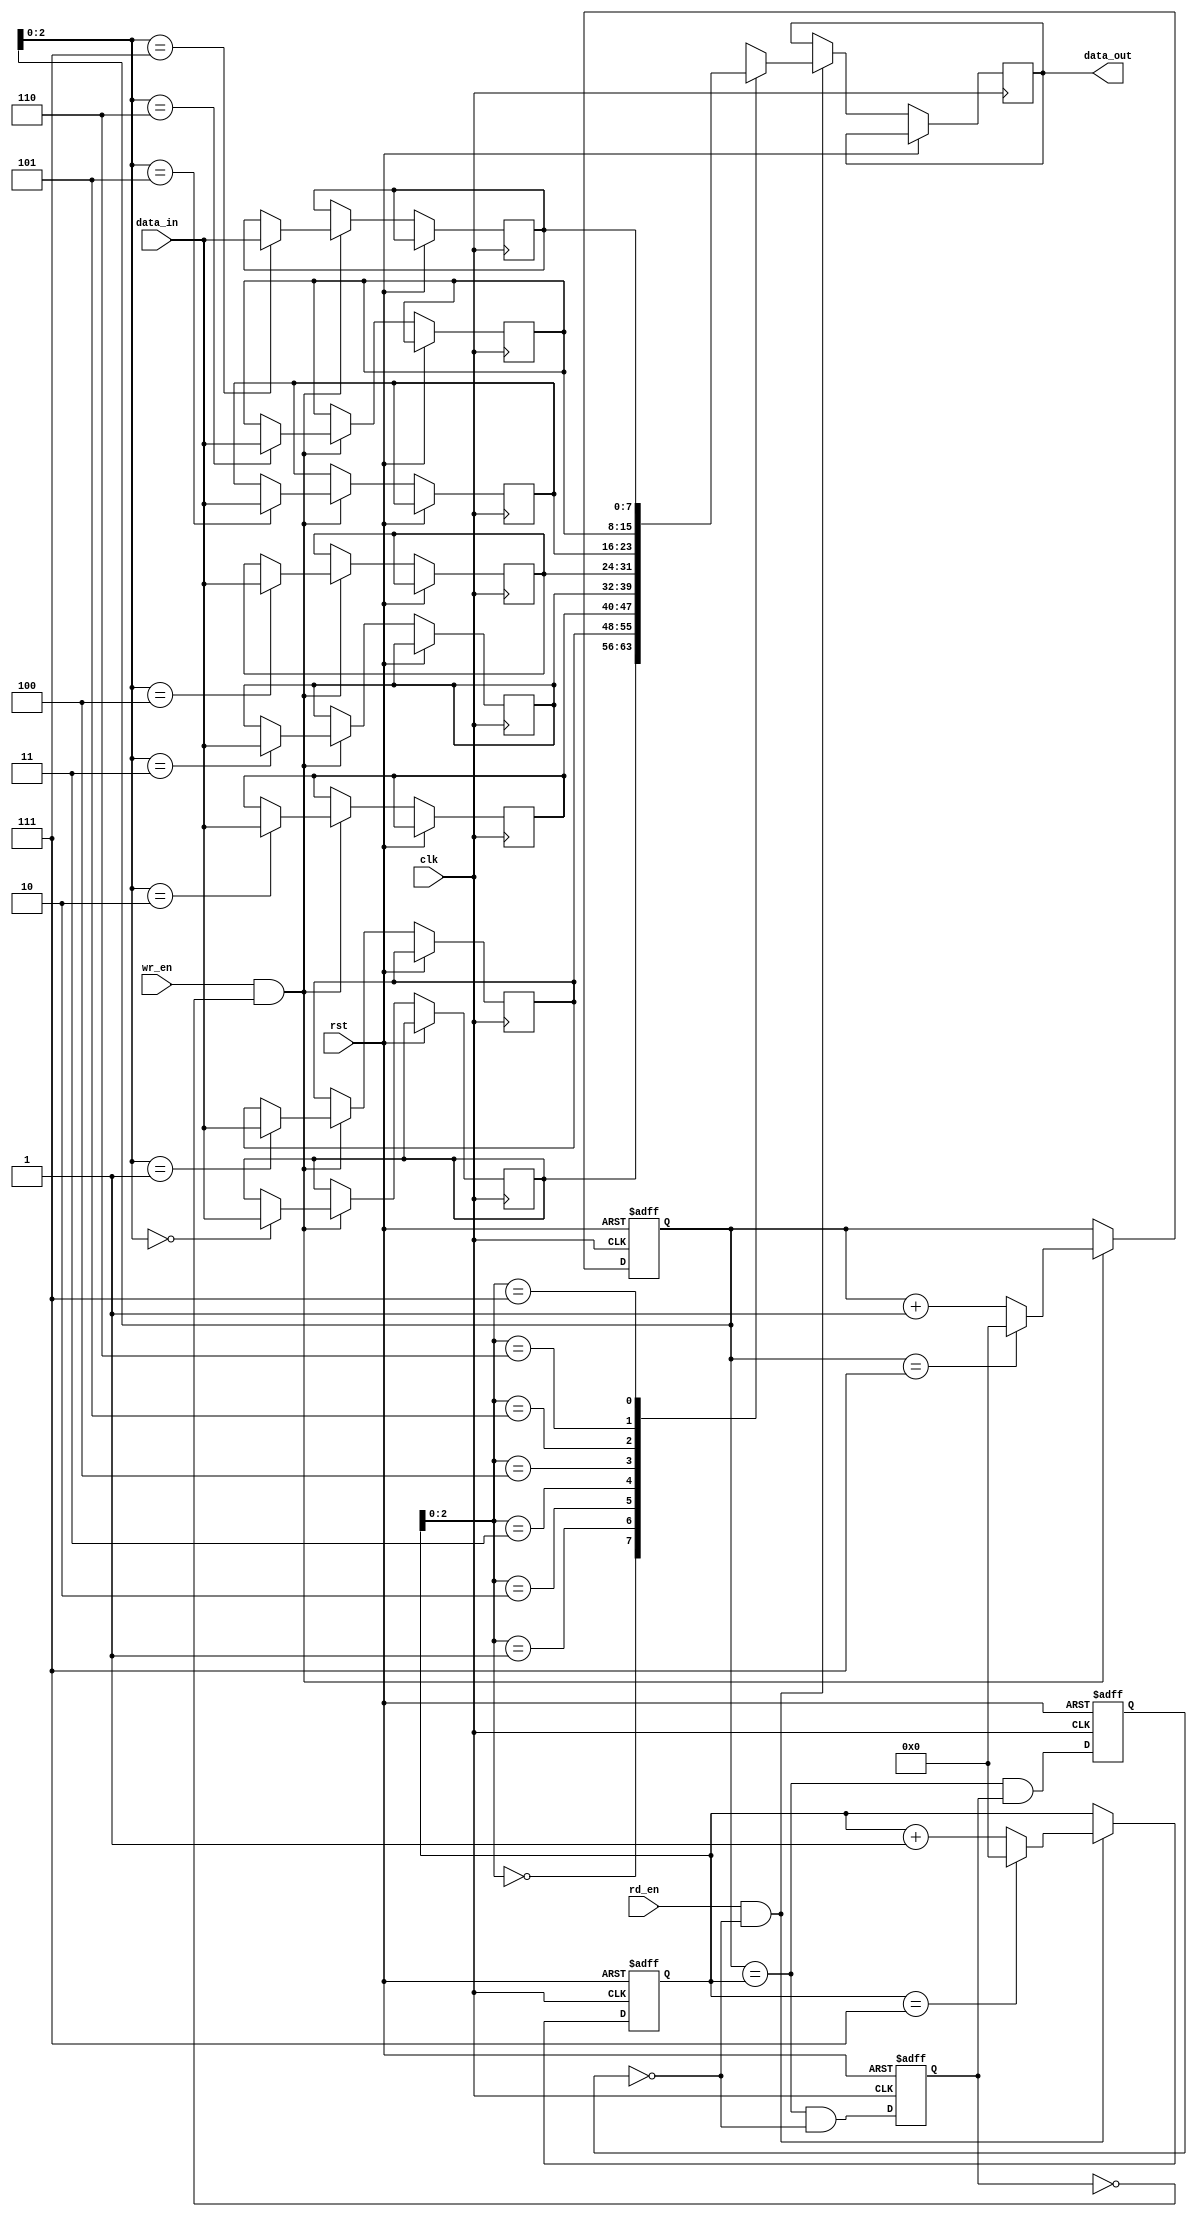
module Circular_FIFO (
  input wire clk,
  input wire rst,
  input wire wr_en,
  input wire rd_en,
  input wire [DATA_WIDTH-1:0] data_in,
  output reg [DATA_WIDTH-1:0] data_out
);

parameter DEPTH = 8; // FIFO depth
parameter DATA_WIDTH = 8; // Data width

reg [DATA_WIDTH-1:0] fifo [DEPTH-1:0];
reg [DEPTH-1:0] wr_ptr, rd_ptr;
reg full, empty;

always @(posedge clk or posedge rst) begin
  if (rst) begin
    wr_ptr <= 0;
    rd_ptr <= 0;
    full <= 0;
    empty <= 1;
  end else begin
    if (wr_en && !full) begin
      fifo[wr_ptr] <= data_in;
      wr_ptr <= wr_ptr + 1;
      if (wr_ptr == DEPTH-1)
        wr_ptr <= 0;
    end
    if (rd_en && !empty) begin
      data_out <= fifo[rd_ptr];
      rd_ptr <= rd_ptr + 1;
      if (rd_ptr == DEPTH-1)
        rd_ptr <= 0;
    end
    full <= (wr_ptr == rd_ptr) && !empty;
    empty <= (wr_ptr == rd_ptr) && full;
  end
end

endmodule